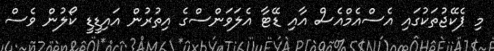
މި ޕެކޭޖުތަކުގައި އެސްއެމްއެސް އާއި ޑޭޓާ އެލަވަންސްގެ އިތުރުން އައިޑީޑީ ކޯލުން ވެސް